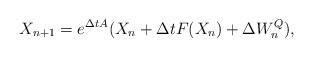
LaTeX: \begin{align*}X_{n+1}=e^{\Delta tA}(X_n+\Delta tF(X_n)+\Delta W_n^Q),\end{align*}